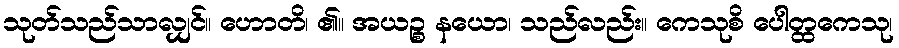
သုတ်သည်သာလျှင်။ ဟောတိ၊ ၏။ အယဉ္စ နယော၊ သည်လည်း။ ကေသုစိ ပေါတ္ထကေသု၊